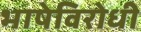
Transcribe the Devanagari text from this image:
भाषेविरोधी